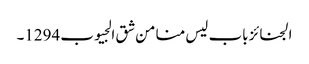
الجنائز باب لیس منا من شق الجیوب 1294۔